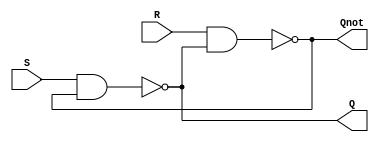
module SR_latch(R,S,Q,Qnot);
  input  R, S;
  output Q, Qnot;  
  nand(Qnot, R, Q); 
  nand(Q, S, Qnot); 
endmodule